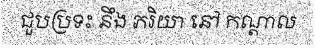
ជួបប្រទះ នឹង ភរិយា នៅ កណ្តាល